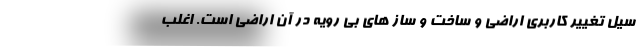
سیل تغییر کاربری اراضی و ساخت و ساز های بی رویه در آن اراضی است. اغلب